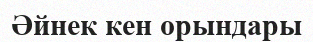
Әйнек кен орындары